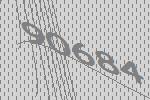
90684